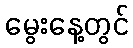
မွေးနေ့တွင်